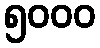
၅၀၀၀